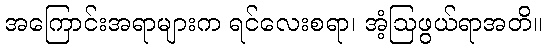
အကြောင်းအရာများက ရင်လေးစရာ၊ အံ့ဩဖွယ်ရာအတိ။